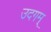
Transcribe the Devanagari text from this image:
उदगम्